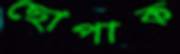
ছোপাক